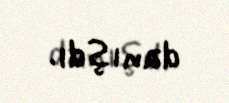
danışdı.